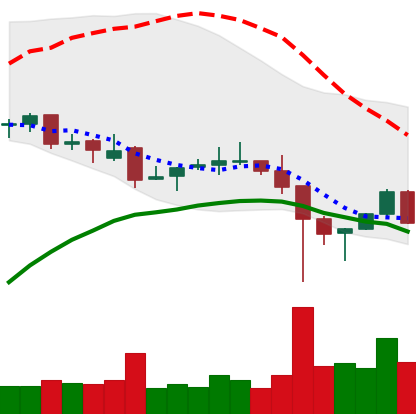
Ticker: LINK-USD
Chart end date: 2021-12-09
Forward return: -13.387%
Label: down_7plus